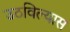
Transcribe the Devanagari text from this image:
उठविल्यास